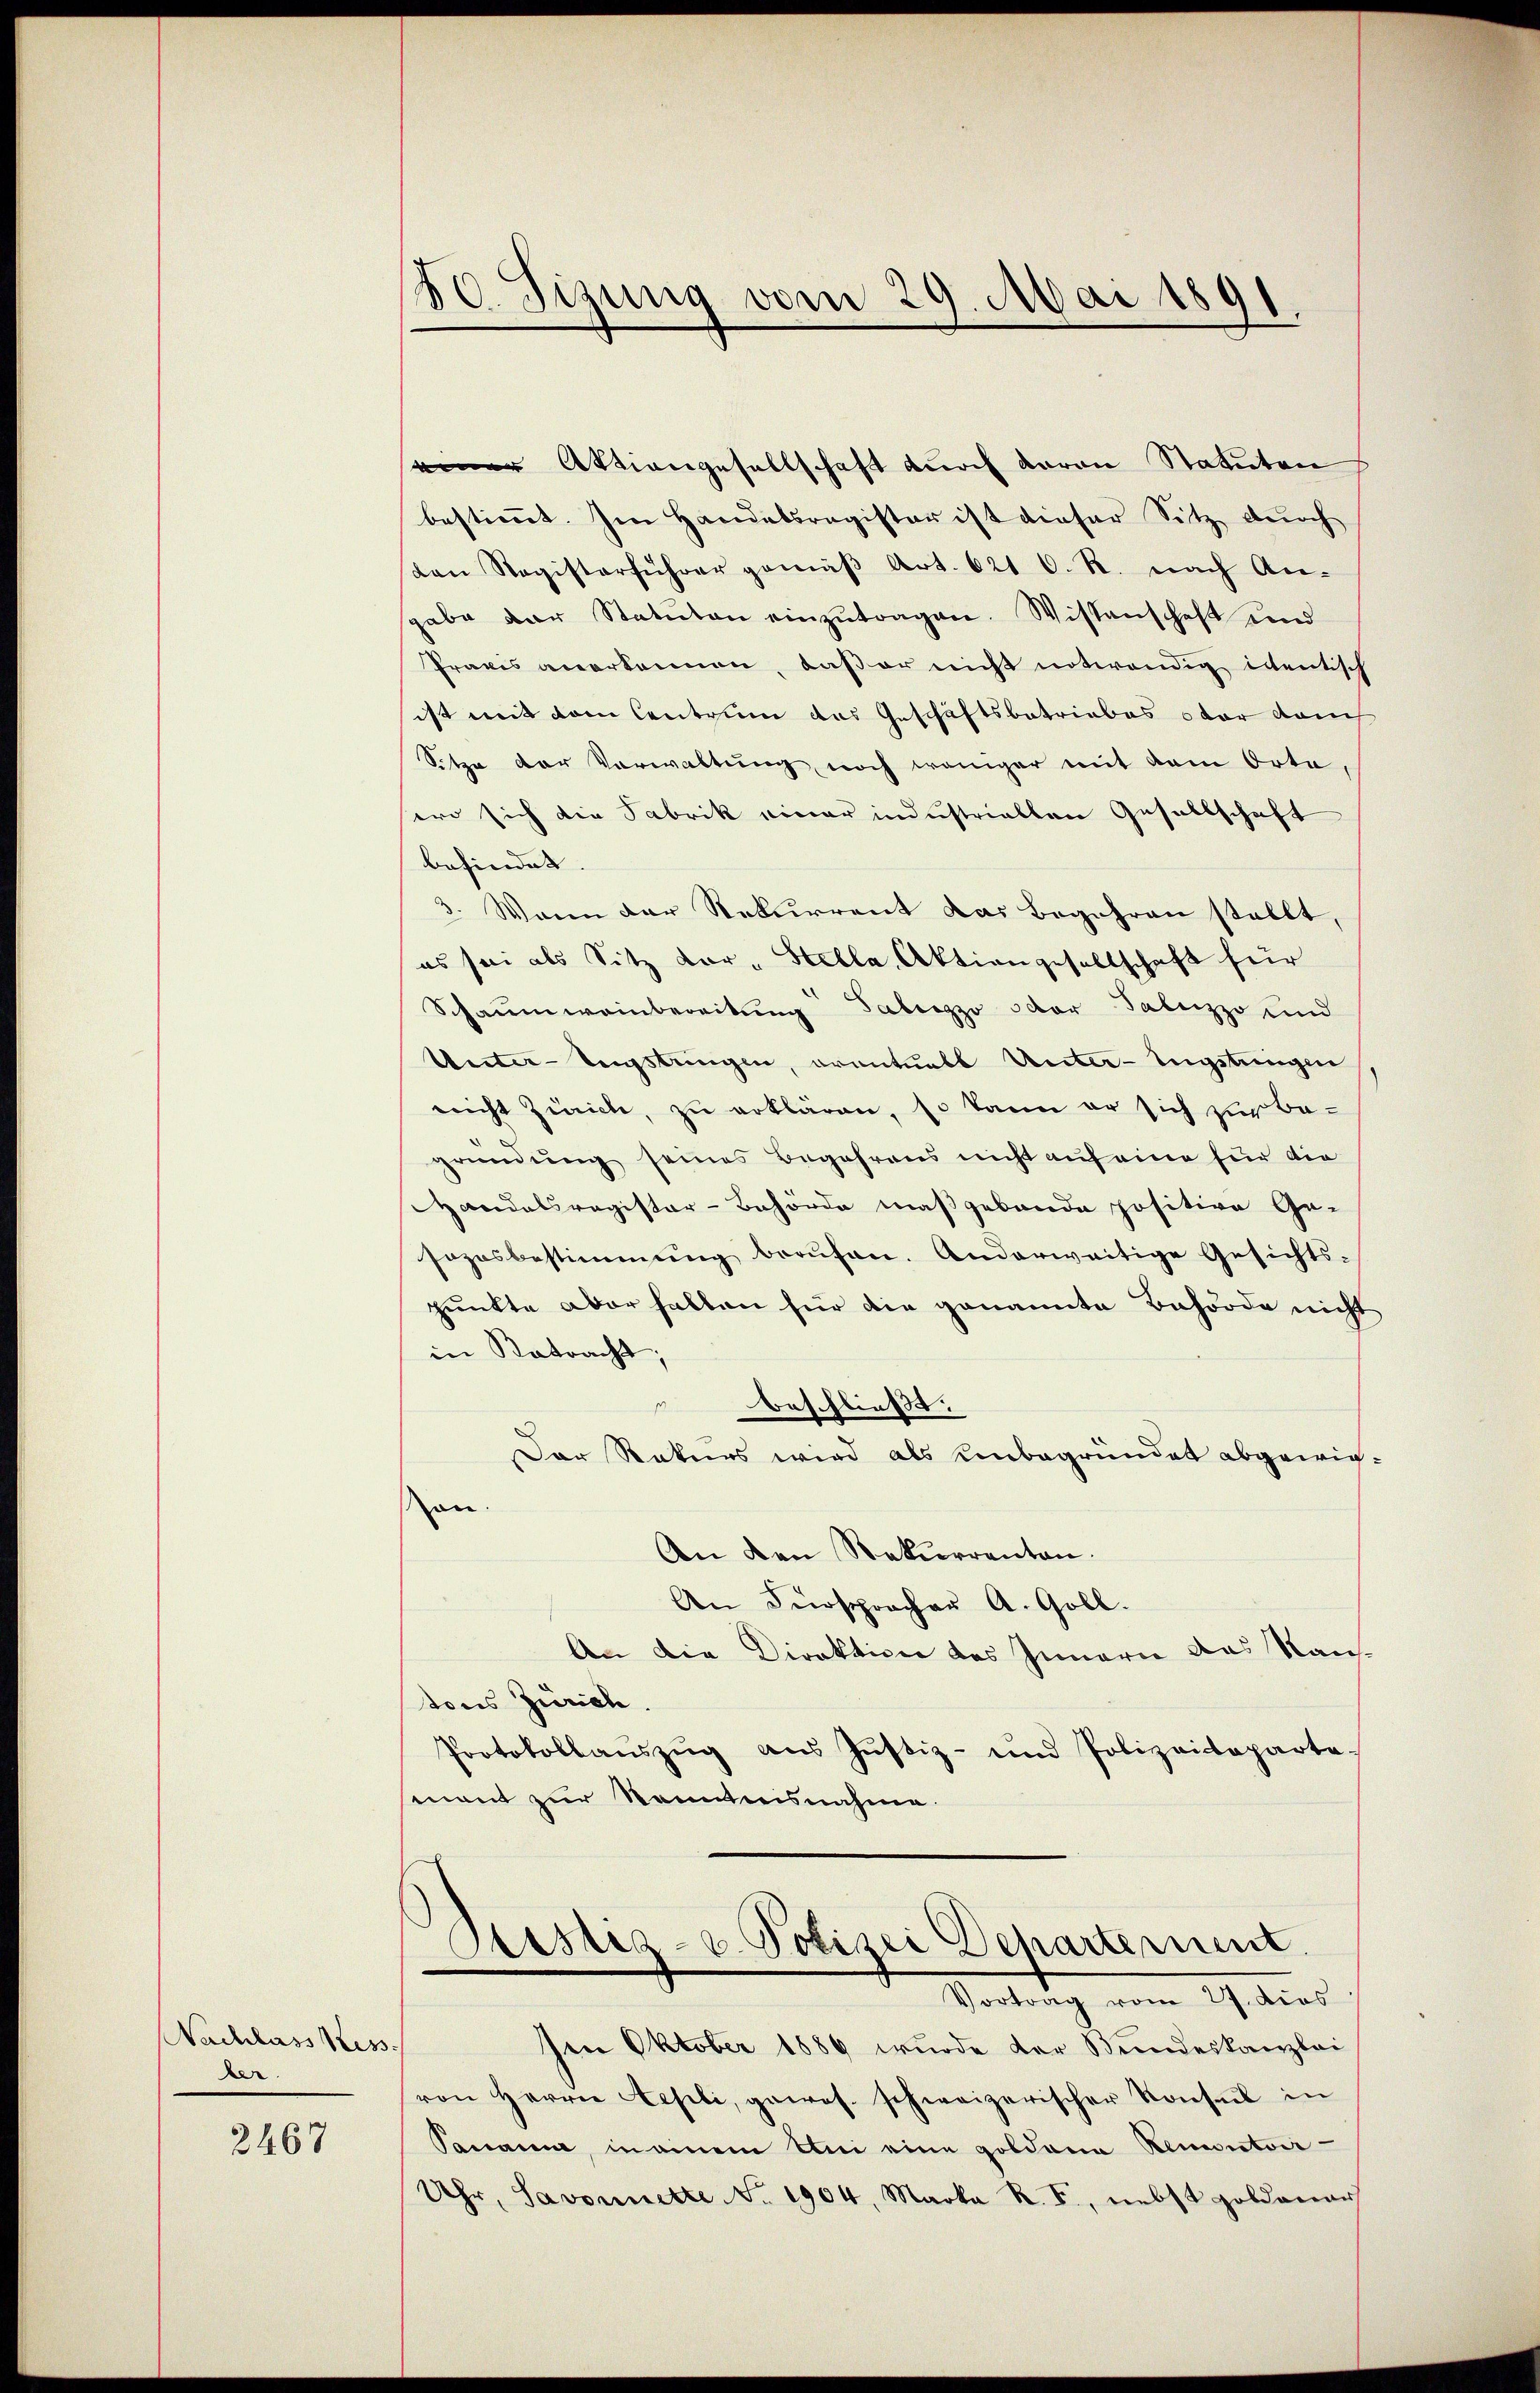
Nachlass Kess
ber.

2467

30. Sizung vom 29. Mai 1891

seiner Aktiengesellschaft durch daran Statuten
bestimmt. Im Handelsregister ist dieser Sitz durch
kan Registerführer gemäβ Art. 621 C. R. nach An-
gabe der Statuten einzŭtragen. Wissenschaft und
Praxis anerkennen, daß er nicht notwendig intentisch
ist mit dem Centrum das Geschäftsbetriebes ober dam
Sitze der Vorwaltung noch weniger mit dem Orte,
wo sich die Fabrik einer industriellen Gesellschaft
befindet.
3. Wenn der Rekurrent das Begehren stellt,
es sei als Sitz vor- Stella, Aktiengesellschaft für
Schaumweinbereitung Tabezzo oder Talezzo und
Unter-Teistungen, eventuell Unter-Engstungen
nicht Zürich, zu erklären, so kann er sich zur Begründung seines Begehrens nicht auf eine für die
Handelsregister-Behörde maßgebäude positive Ge-
sozosbestimmung berufen. Anderweitige Gesichts-
punkte aber halten für die genannte Behörde nicht
in Betracht;
beschließt
Der Rekurs wird als Unbegründet abgewiran.
An den Rekurrenten.
An Fürspracher A. Goll.
An die Direktion des Innern das Rautons Zürich.
Protokollaŭszŭg aŭs Jŭstiz- und Polizeideparte
mant zur Kenntnisnahme.
Ptistia- u. Polizei Departement
Vortrag vom 27. dies
sen Oktober 1886 wurde der Bundeskanzlei
von Herrn Lepeli, gewes. schweizerischer Konsul in
Panama, in einem Uni eine goldena Remontair-
Uhr, Savonnette No. 1904, Marka R. I., nebst Holdenar